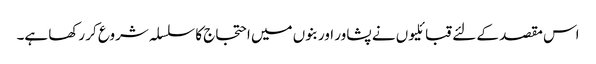
اس مقصد کے لئے قبائلیوں نے پشاور اور بنوں میں احتجاج کا سلسلہ شروع کر رکھا ہے۔